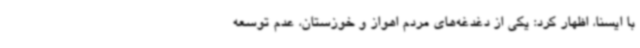
با ایسنا، اظهار کرد: یکی از دغدغه‌های مردم اهواز و خوزستان، عدم توسعه